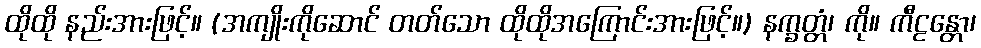
ထိုထို နည်းအားဖြင့်။ (အကျိုးကိုဆောင် တတ်သော ထိုထိုအကြောင်းအားဖြင့်။) နက္ခတ္တံ၊ ကို။ ကီဠန္တော၊